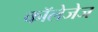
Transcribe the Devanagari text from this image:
कॉलेजेज